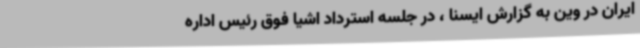
ایران در وین به گزارش ایسنا ، در جلسه استرداد اشیا فوق رئیس اداره